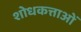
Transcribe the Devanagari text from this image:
शोधकत्ताओं